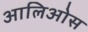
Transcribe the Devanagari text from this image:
आलिओस